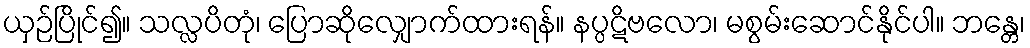
ယှဉ်ပြိုင်၍။ သလ္လပိတုံ၊ ပြောဆိုလျှောက်ထားရန်။ နပ္ပဋိဗလော၊ မစွမ်းဆောင်နိုင်ပါ။ ဘန္တေ၊